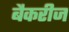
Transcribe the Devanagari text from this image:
बैकरीज